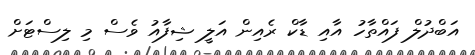
އަބްދުލް ފައްތާހު އާއި ޑާކް ރެއިން އަލީ ޝިފާއު ވެސް މި ލިސްޓަށް